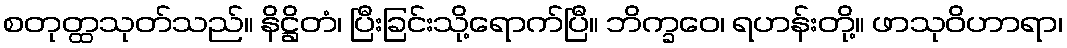
စတုတ္ထသုတ်သည်။ နိဋ္ဌိတံ၊ ပြီးခြင်းသို့ရောက်ပြီ။ ဘိက္ခဝေ၊ ရဟန်းတို့။ ဖာသုဝိဟာရာ၊